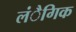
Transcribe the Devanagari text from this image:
लंैगिक